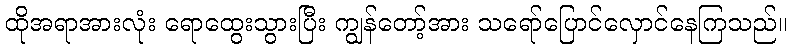
ထိုအရာအားလုံး ရောထွေးသွားပြီး ကျွန်တော့်အား သရော်ပြောင်လှောင်နေကြသည်။